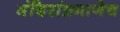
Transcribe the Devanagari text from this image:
मंदिरांप्रमाणेच